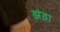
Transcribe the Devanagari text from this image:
झंड़ा